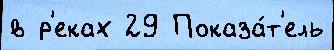
в р'еках 29 Показа́т'ель